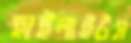
হাইলাইটস